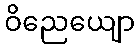
ဝိညေယျော